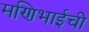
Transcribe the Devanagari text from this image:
मणिभाईंची